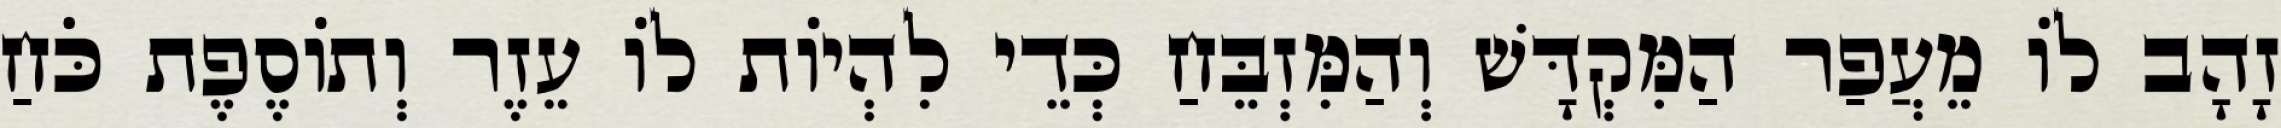
זָהָב לוֹ מֵעֲפַר הַמִּקְדָּשׁ וְהַמִּזְבֵּחַ כְּדֵי לִהְיוֹת לוֹ עֵזֶר וְתוֹסֶפֶת כֹּחַ